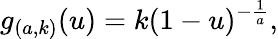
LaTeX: g_{(a,k)}(u)=k(1-u)^{-{\frac{1}{a}}},